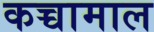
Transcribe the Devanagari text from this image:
कच्चामाल